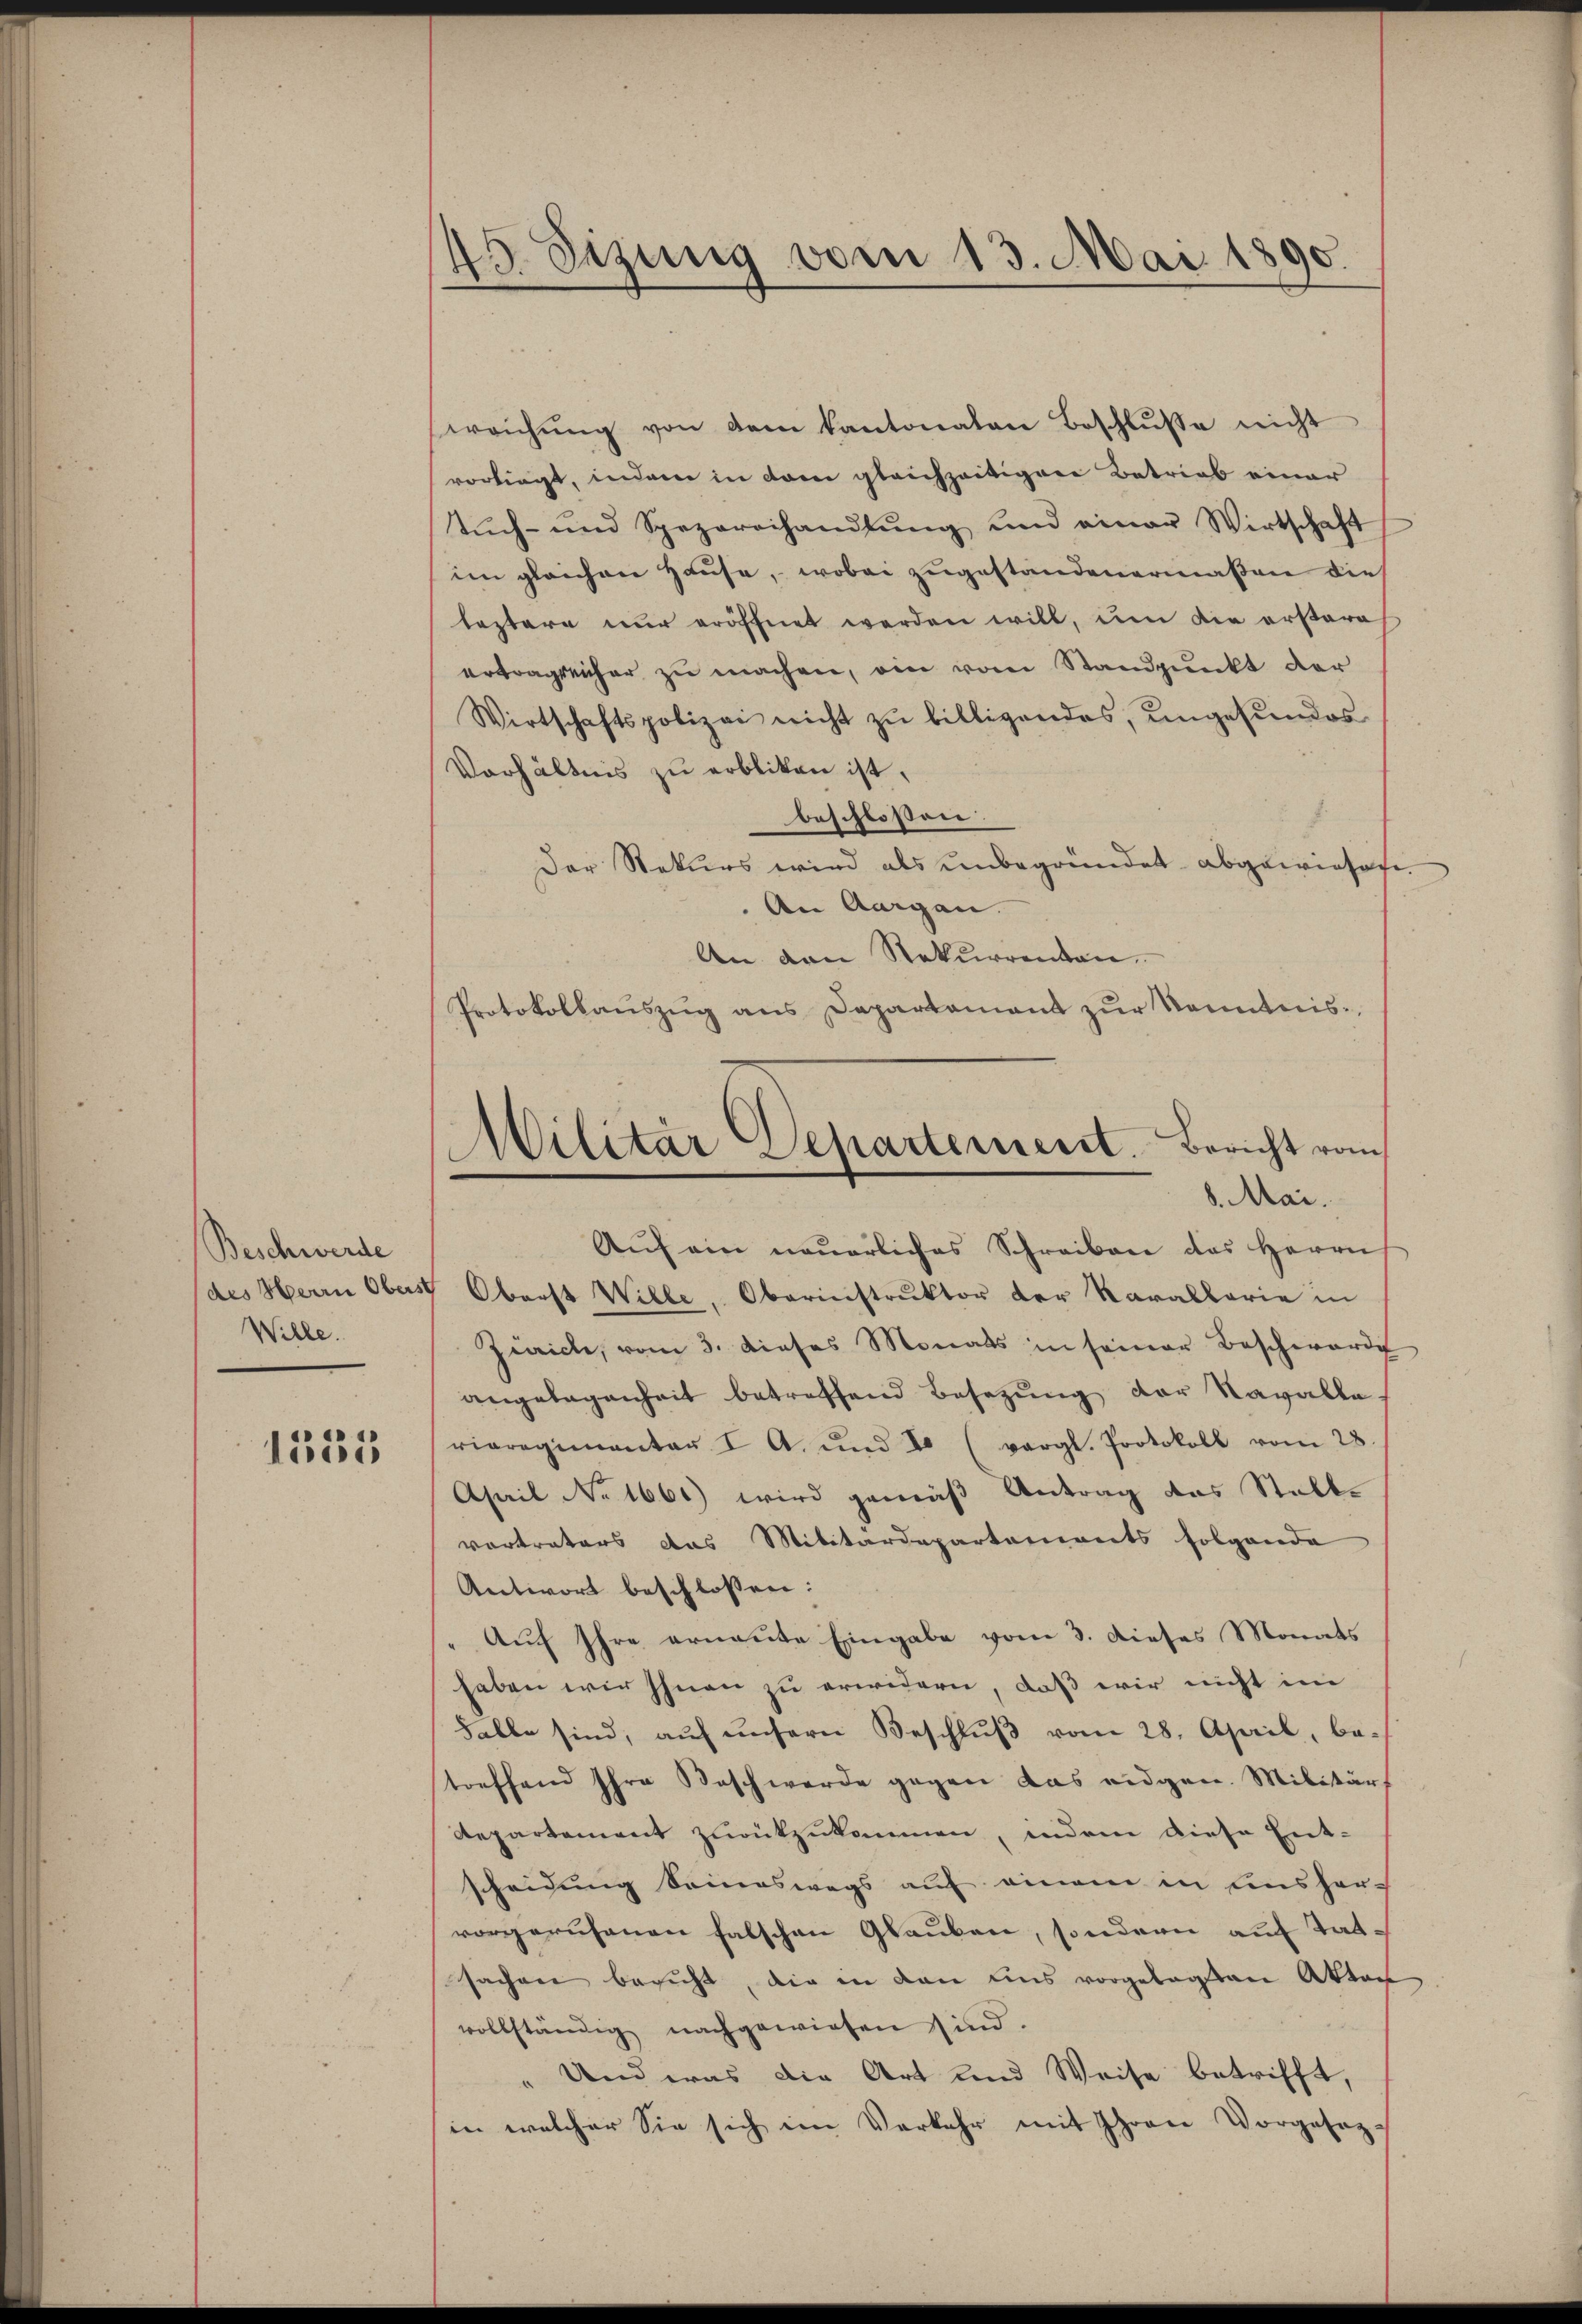
Beschwerde
des Herrn Obers
Wille.

1585

45. Sizung vom 13. Mai 1890.

weichŭng von dem Kantonaten Beschlŭsse nicht
vorliegt, indem in dem gleichzeitigere Betrieb einer
Tŭch- und Spezereihandlŭng und einer Wirtschaft
im gleichen Hause, wobei zugestandenermaßen dies
leztere nur eröffnet werden will, um die erstere
ertragreicher zu machen, ein vom Standpunkt der
Wirtschaftspolizei nicht zŭ billigendes, ungesundes
Verhältnis zu erbliken ist,
beschlossen:
Der Rekurs wird als unbegründet abgewiesen.
An Aargau.
An den Rekurrenten.
Protokollaŭszŭg ans Departamant zŭr Kenntnis-
Aŭf ein neŭerliches Schreiben des Herrn
5 Oberst Wille, Oberinstruktor der Karabbarie in
Zürich, vom 3. dieses Monats in seiner Beschwärde
angelegenheit betreffend Besetzŭng der Navalle.
riaregimentar I. A. und I (vergl. Protokoll vom 28.
April No 1666) wird gemäß Antrag das Stalle
vortrators das Militärdepartements folgende
Antwort beschlossen:
Auf Ihre erneute Eingabe vom 3. Dieses Monats
haben wir Ihnen zu erwidern, daß wir nicht im
Falle sind, auf unsern Beschlŭβ vom 28. April, be-
treffend Ihre Beschwerde gegen das eidgen. Militär
Repartement zurückzukommen, indem diese Entscheidung Seineswegs auf einem in unshervorgerufenen falschen Glauben, sondern auf tatsachen bericht, die in den Eins vorgelegten Akten
vollständig nachgewiesen sind.
Und was die Art und Weise betrifft,
in welcher Sie sich im Verkehr mit Ihren Vorgesez-

Militar Departement. Bericht vom
8. Mai.